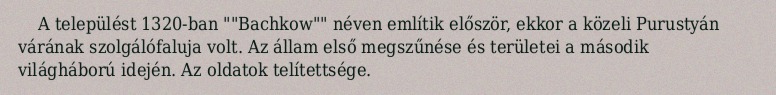
A települést 1320-ban ""Bachkow"" néven említik először, ekkor a közeli Purustyán várának szolgálófaluja volt. Az állam első megszűnése és területei a második világháború idején. Az oldatok telítettsége.